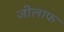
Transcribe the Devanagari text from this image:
जीलाफ